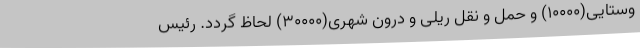
وستایی(10000) و حمل و نقل ریلی و درون شهری(30000) لحاظ گردد. رئیس